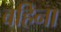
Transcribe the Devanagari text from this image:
बहिना